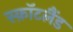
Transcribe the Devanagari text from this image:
स्क़ॉटलैंड